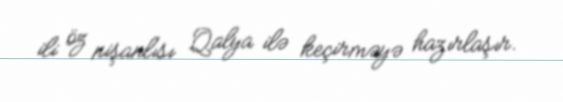
ili öz nişanlısı Qalya ilə keçirməyə hazırlaşır.